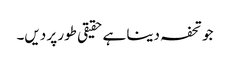
جو تحفہ دینا ہے حقیقی طور پر دیں۔